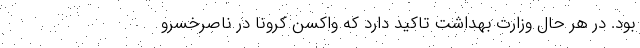
بود. در هر حال وزارت بهداشت تاکید دارد که واکسن کرونا در ناصرخسرو